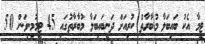
ޓީމާ އެކު ބައިބަލާ މުބާރާތް ކުރިއަށް ދަނީބައިބަލާ މުބާރާތުގައި 45 ޓީމުމިނިވަން 50